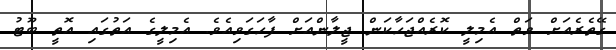
ގޭތެރެއަށް ވަތް އެމިލީ ކޮރެއްޖަހާކަން ޖީލާންއަށް ފާހަގަވިއެވެ. އެމިލީގެ އަތުގައި އޮތީ ބޫޓު